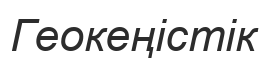
Геокеңістік